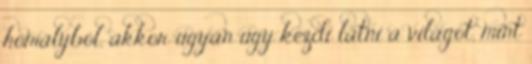
homályból, akkor ugyan úgy kezdi látni a világot, mint